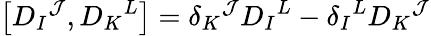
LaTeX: \left[D_{I}{}^{\mathcal{J}},D_{K}{}^{L}\right]=\delta_{K}{}^{\mathcal{J}}D_{I}{}^{L}-\delta_{I}{}^{L}D_{K}{}^{\mathcal{J}}